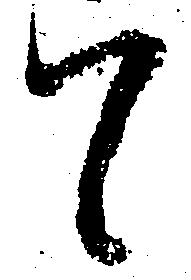
て